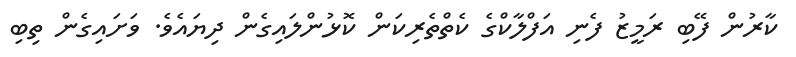
ކާރުން ފޭބި ރަމީޒު ފެނި އަފްލާކްގެ ކެތްތެރިކަން ކޮޅުންލައިގެން ދިޔައެވެ. ވަށައިގެން ތިބި